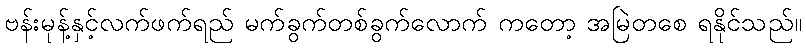
ဗန်းမုန့်နှင့်လက်ဖက်ရည် မက်ခွက်တစ်ခွက်လောက် ကတော့ အမြဲတစေ ရနိုင်သည်။